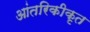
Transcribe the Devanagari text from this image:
आंतरिकीकृत